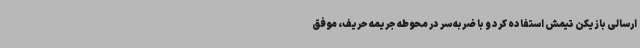
ارسالی بازیکن تیمش استفاده کرد و با ضربه سر در محوطه جریمه حریف، موفق